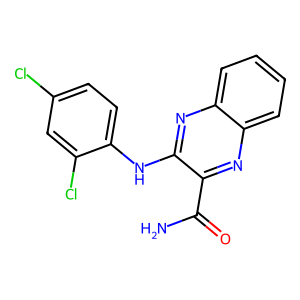
SMILES: NC(=O)c1nc2ccccc2nc1Nc1ccc(Cl)cc1Cl
Inhibits HIV replication: No